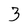
Character: 3